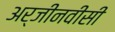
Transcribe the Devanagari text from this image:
अर्जीनवीसी